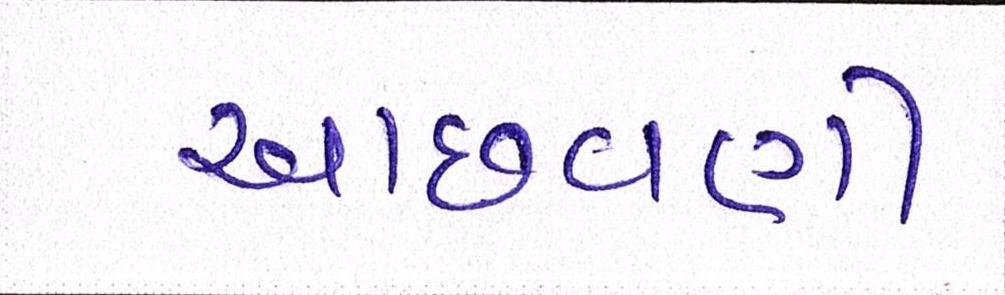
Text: આછવણી